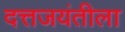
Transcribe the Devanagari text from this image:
दत्तजयंतीला